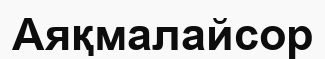
Аяқмалайсор